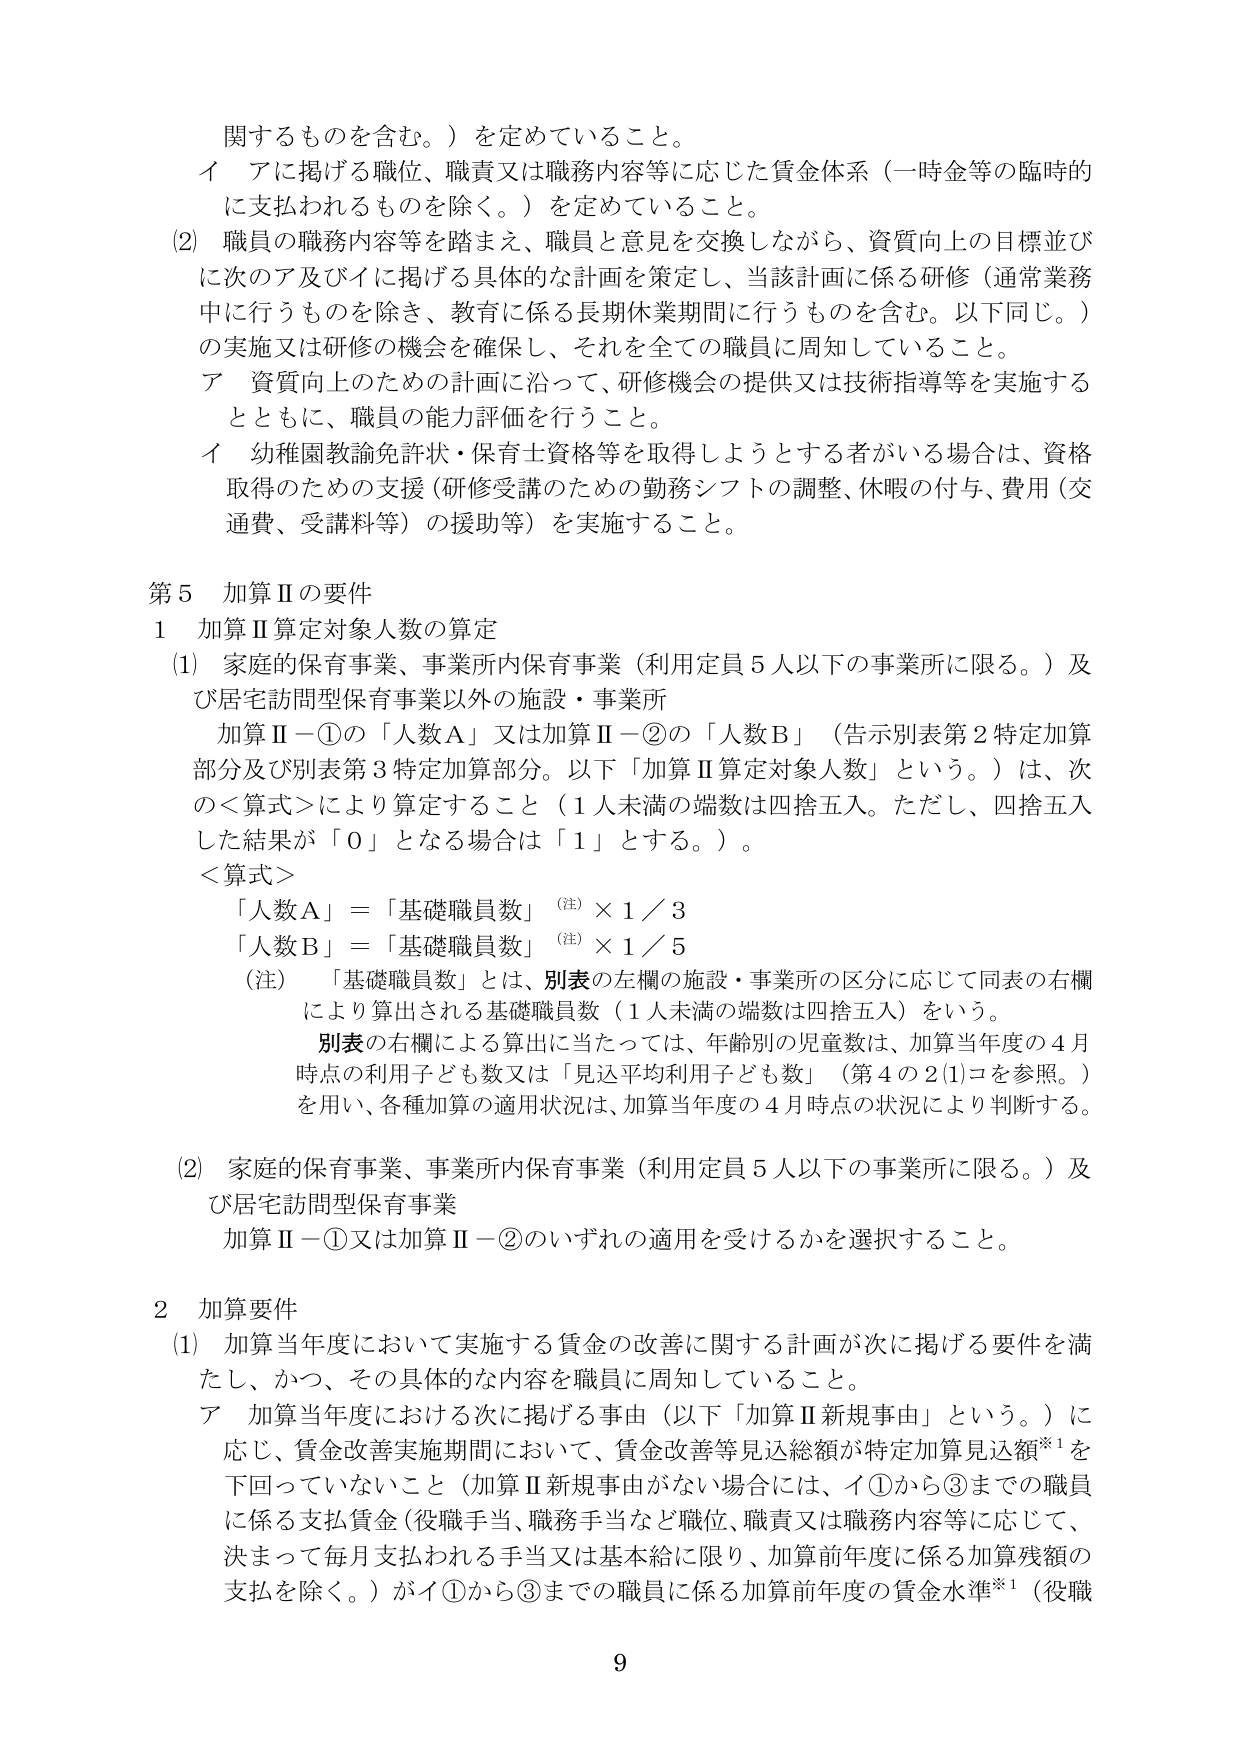
関するものを含む。）を定めていること。
イ アに掲げる職位、職責又は職務内容等に応じた賃金体系（一時金等の臨時的に支払われるものを除く。）を定めていること。
(2) 職員の職務内容等を踏まえ、職員と意見を交換しながら、資質向上の目標並びに次のア及びイに掲げる具体的な計画を策定し、当該計画に係る研修（通常業務中に行うものを除き、教育に係る長期休業期間に行うものを含む。以下同じ。）の実施又は研修の機会を確保し、それを全ての職員に周知していること。
ア 資質向上のための計画に沿って、研修機会の提供又は技術指導等を実施するとともに、職員の能力評価を行うこと。
イ 幼稚園教諭免許状・保育士資格等を取得しようとする者がいる場合は、資格取得のための支援（研修受講のための勤務シフトの調整、休暇の付与、費用（交通費、受講料等）の援助等）を実施すること。

第5 加算Ⅱの要件
1 加算Ⅱ算定対象人数の算定
(1) 家庭的保育事業、事業所内保育事業（利用定員5人以下の事業所に限る。）及び居宅訪問型保育事業以外の施設・事業所
　加算Ⅱ－①の「人数A」又は加算Ⅱ－②の「人数B」（告示別表第2特定加算部分及び別表第3特定加算部分。以下「加算Ⅱ算定対象人数」という。）は、次の＜算式＞により算定すること（1人未満の端数は四捨五入。ただし、四捨五入した結果が「0」となる場合は「1」とする。）。
＜算式＞
　「人数A」＝「基礎職員数」（注）×1／3
　「人数B」＝「基礎職員数」（注）×1／5
（注）「基礎職員数」とは、別表の左欄の施設・事業所の区分に応じて同表の右欄により算出される基礎職員数（1人未満の端数は四捨五入）をいう。
　別表の右欄による算出に当たっては、年齢別の児童数は、加算当年度の4月時点の利用子ども数又は「見込平均利用子ども数」（第4の2(1)コを参照。）を用い、各種加算の適用状況は、加算当年度の4月時点の状況により判断する。
(2) 家庭的保育事業、事業所内保育事業（利用定員5人以下の事業所に限る。）及び居宅訪問型保育事業
　加算Ⅱ－①又は加算Ⅱ－②のいずれの適用を受けるかを選択すること。

2 加算要件
(1) 加算当年度において実施する賃金の改善に関する計画が次に掲げる要件を満たし、かつ、その具体的な内容を職員に周知していること。
ア 加算当年度における次に掲げる事由（以下「加算Ⅱ新規事由」という。）に応じ、賃金改善実施期間において、賃金改善等見込総額が特定加算見込額※1を下回っていないこと（加算Ⅱ新規事由がない場合には、イ①から③までの職員に係る支払賃金（役職手当、職務手当など職位、職責又は職務内容等に応じて、決まって毎月支払われる手当又は基本給に限り、加算前年度に係る加算残額の支払を除く。）がイ①から③までの職員に係る加算前年度の賃金水準※1（役職

9